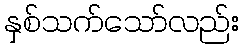
နှစ်သက်သော်လည်း